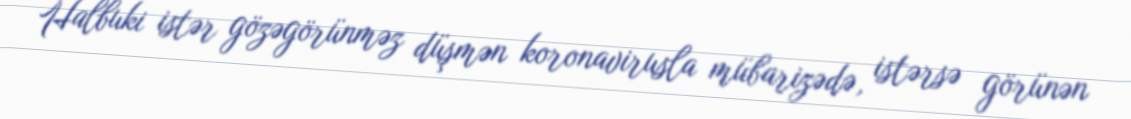
Halbuki istər gözəgörünməz düşmən koronavirusla mübarizədə, istərsə görünən